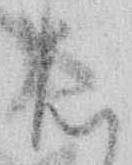
は